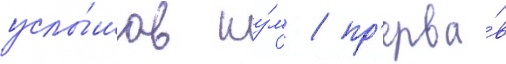
услы́шав шу́м / пр'ерва́в